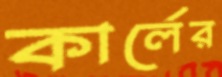
কার্লের